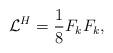
LaTeX: \begin{align*}{\cal L}^{H}=\frac{1}{8}F_k F_k,\end{align*}